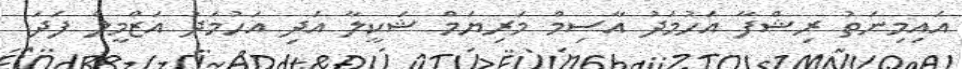
އައިމިނަތު ރިޝްފާ އަހުމަދު އާސިމް މަރިޔަމް ޝަކީލާ އަދި އަހުމަދު އަޒްމީލް ފަދަ